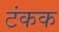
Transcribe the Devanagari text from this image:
टंकक